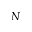
N